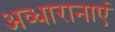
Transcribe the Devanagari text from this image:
अव्धारानाएं